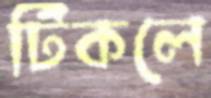
টিকলে